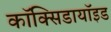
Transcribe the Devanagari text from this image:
कॉक्सिडायॉइड